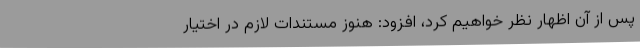
پس از آن اظهار نظر خواهیم کرد، افزود: هنوز مستندات لازم در اختیار